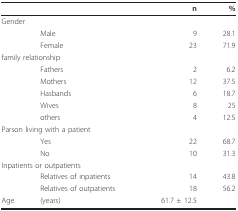
<table><thead><tr><td></td><td></td><td><b>n</b></td><td><b>%</b></td></tr></thead><tbody><tr><td colspan="2">Gender</td><td></td><td></td></tr><tr><td></td><td>Male</td><td>9</td><td>28.1</td></tr><tr><td></td><td>Female</td><td>23</td><td>71.9</td></tr><tr><td colspan="2">family relationship</td><td></td><td></td></tr><tr><td></td><td>Fathers</td><td>2</td><td>6.2</td></tr><tr><td></td><td>Mothers</td><td>12</td><td>37.5</td></tr><tr><td></td><td>Hasbands</td><td>6</td><td>18.7</td></tr><tr><td></td><td>Wives</td><td>8</td><td>25</td></tr><tr><td></td><td>others</td><td>4</td><td>12.5</td></tr><tr><td colspan="2">Parson living with a patient</td><td></td><td></td></tr><tr><td></td><td>Yes</td><td>22</td><td>68.7</td></tr><tr><td></td><td>No</td><td>10</td><td>31.3</td></tr><tr><td colspan="2">Inpatients or outpatients</td><td></td><td></td></tr><tr><td></td><td>Relatives of inpatients</td><td>14</td><td>43.8</td></tr><tr><td></td><td>Relatives of outpatients</td><td>18</td><td>56.2</td></tr><tr><td>Age</td><td>(years)</td><td>61.7 ± 12.5</td><td></td></tr></tbody></table>